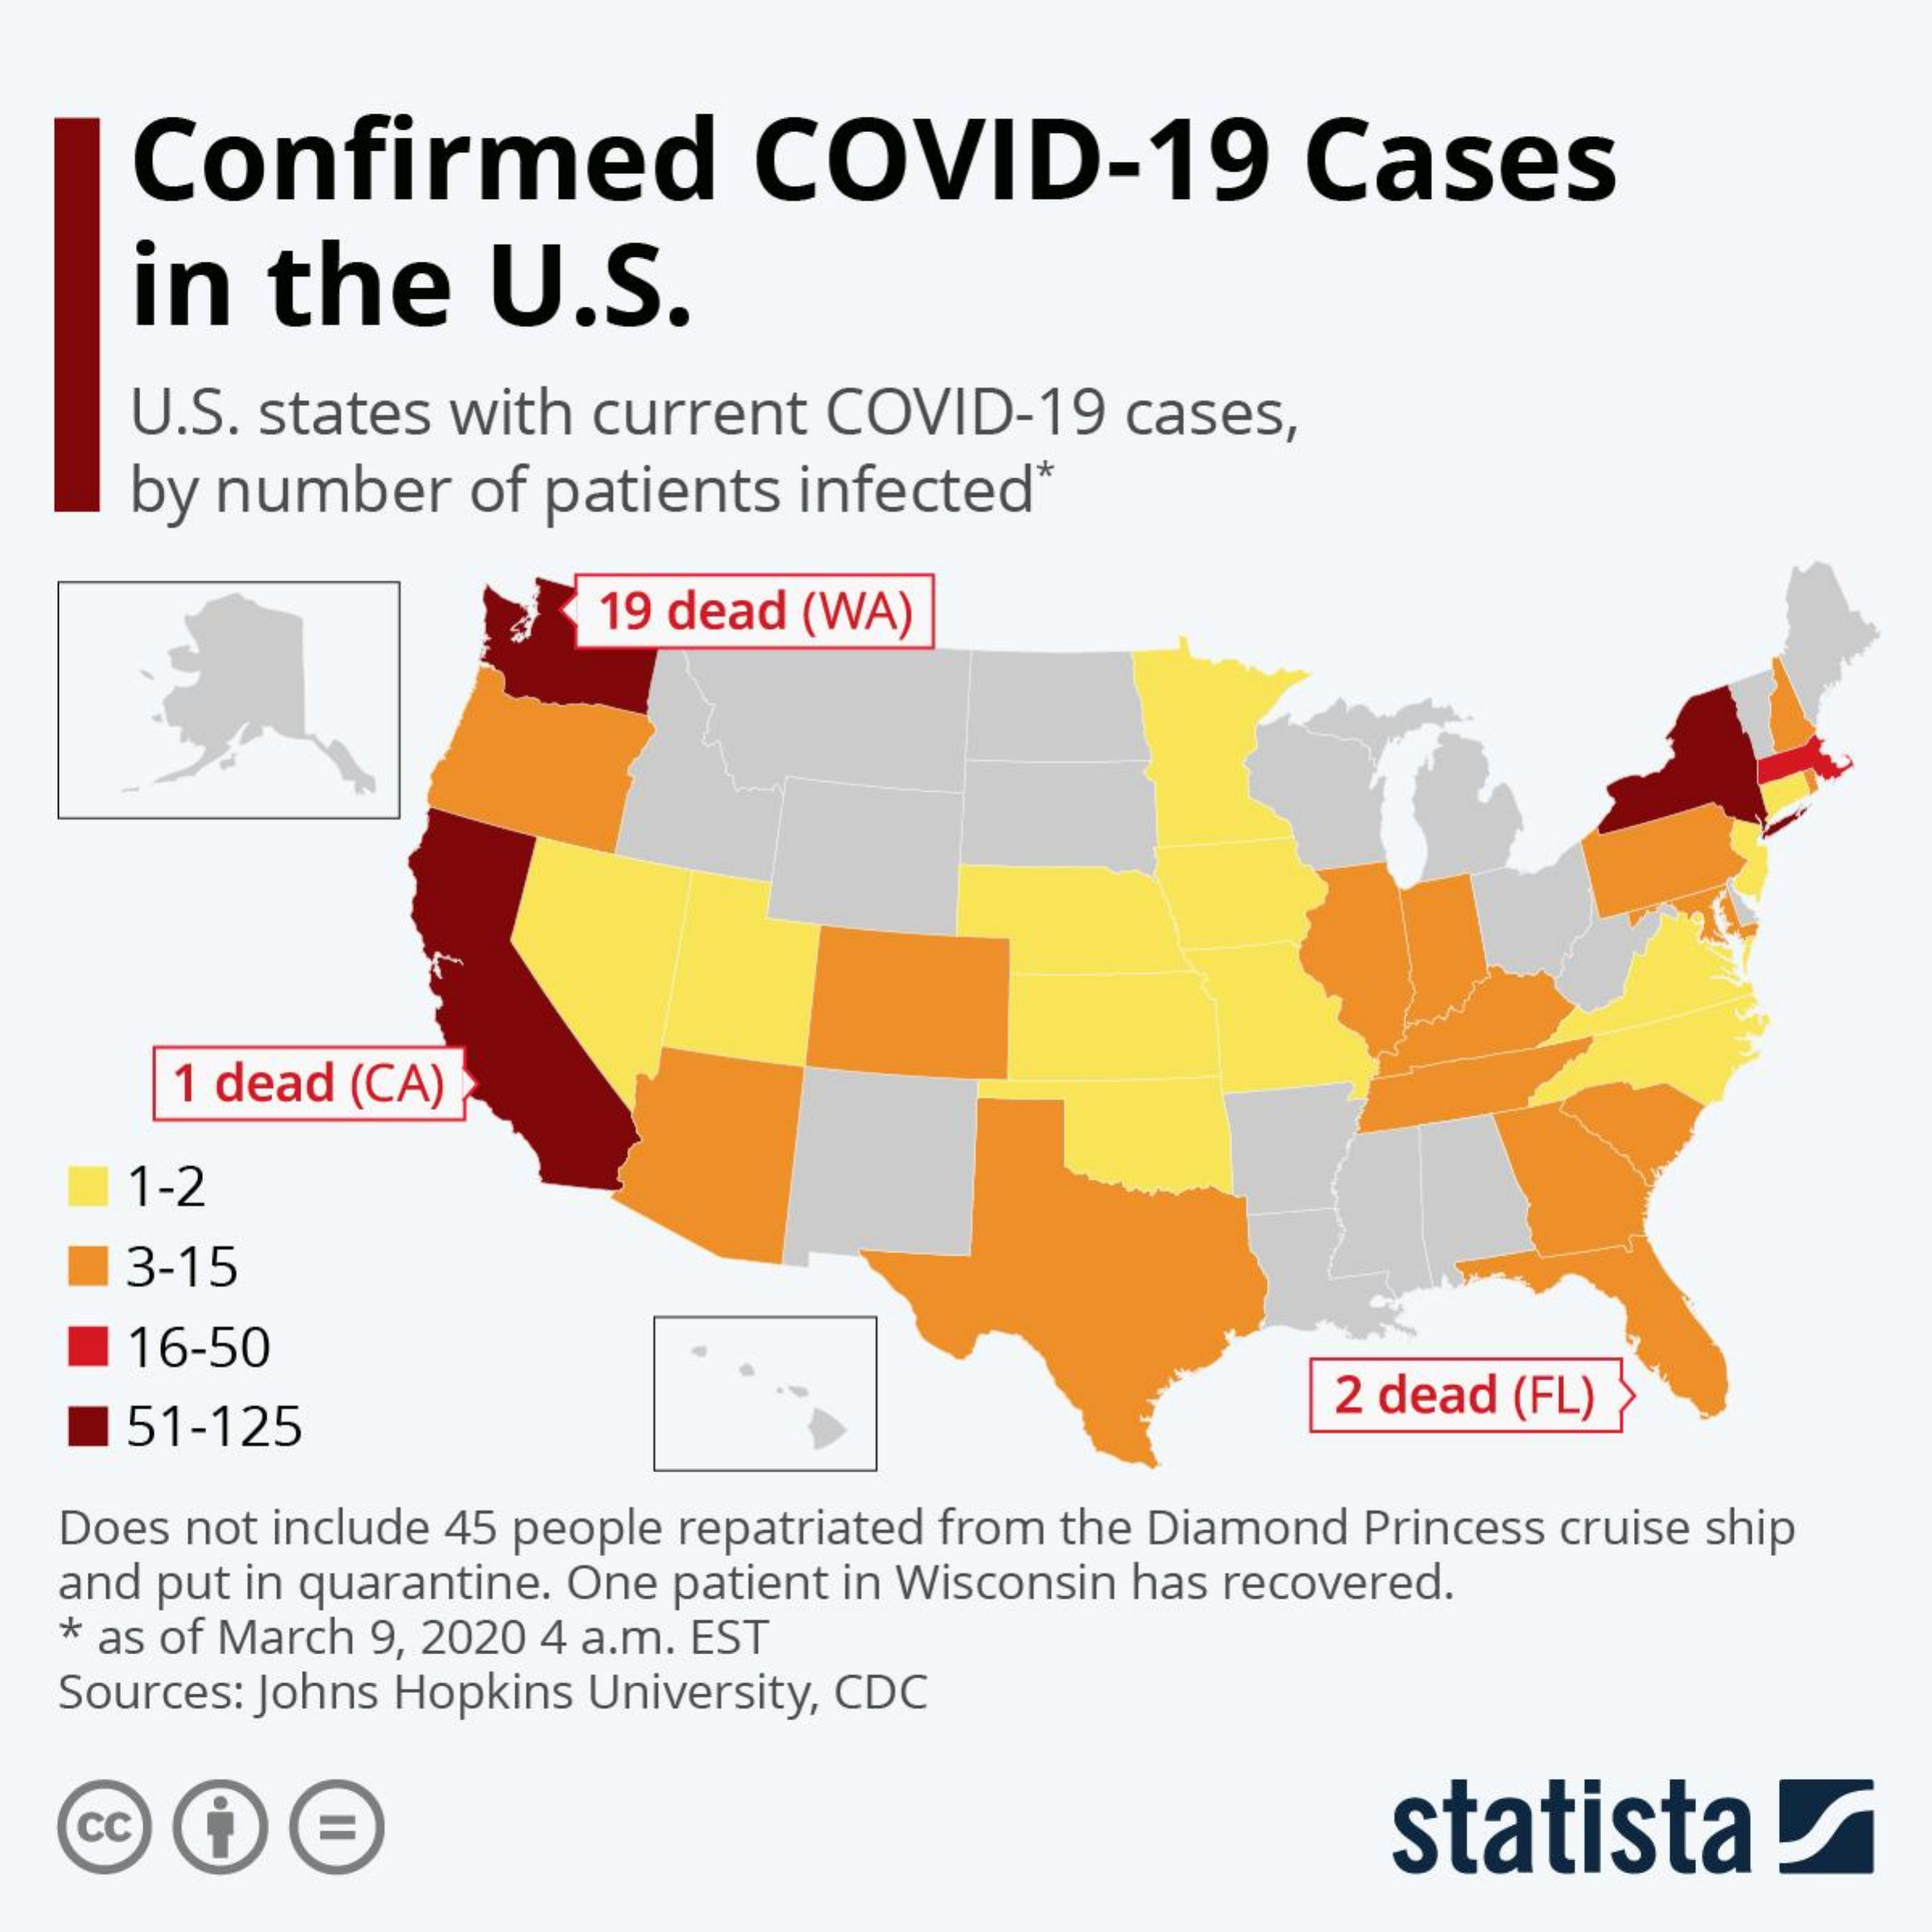
Confirmed    COVID-19    Cases
     in   the    U.S.
     U.S. states with current  COVID-19   cases,
     by number    of patients infected*
     19 dead (WA)
     1 dead (CA)
     1-2
     3-15
     16-50
     51-125
     2 dead (FL)
   Does not include 45 people repatriated from the Diamond Princess cruise ship
   and put in quarantine. One patient in Wisconsin has recovered.
   * as of March 9, 2020 4 a.m. EST
   Sources: Johns Hopkins University, CDC
   cc    statista